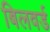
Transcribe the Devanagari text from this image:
बिलवर्ड